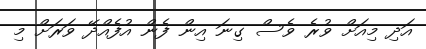
އަދި މިއަށް ވުރެ ވެސް ގިނަ އިން ފެން އުފެއްދޭ ވަރަށް މި